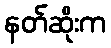
နတ်ဆိုးက